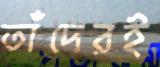
তাঁদেরই